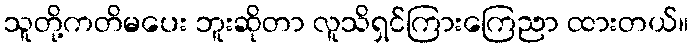
သူတို့ကတိမပေး ဘူးဆိုတာ လူသိရှင်ကြားကြေညာ ထားတယ်။